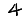
Digit: 4